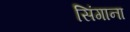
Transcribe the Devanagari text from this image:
सिंगाना